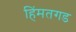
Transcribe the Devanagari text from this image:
हिंमतगड